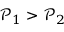
\mathcal { P } _ { 1 } > \mathcal { P } _ { 2 }